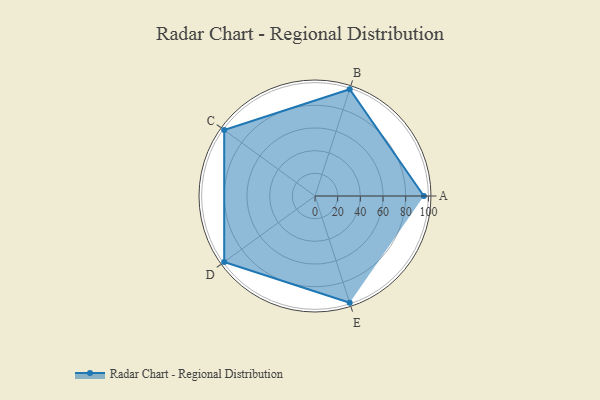
{"axis": {"x": "Skill", "y": "Score"}, "legend": ["Profile"], "data": [{"x": "A", "y": 96.0, "type": "Profile"}, {"x": "B", "y": 99, "type": "Profile"}, {"x": "C", "y": 99, "type": "Profile"}, {"x": "D", "y": 99, "type": "Profile"}, {"x": "E", "y": 99, "type": "Profile"}]}